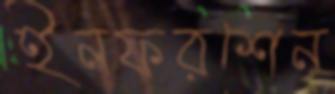
ইনফরশেন